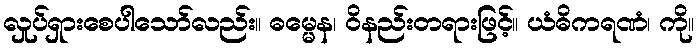
လှုပ်ရှားစေပါသော်လည်း။ ဓမ္မေန၊ ဝိနည်းတရားဖြင့်။ ယံဓိကရဏံ၊ ကို။